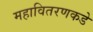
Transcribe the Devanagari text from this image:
महावितरणकडे